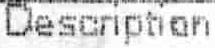
DESCRIPTION